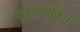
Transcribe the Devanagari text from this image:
कृतिलौकिक